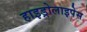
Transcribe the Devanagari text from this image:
हाइड्रोलाइपेस